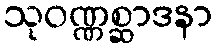
သုဝဏ္ဏစ္ဆာဒနာ